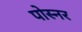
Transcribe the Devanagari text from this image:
पोस्‍नर